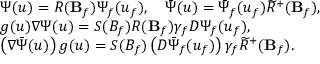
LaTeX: \begin{array} { l } { { \Psi ( u ) = R ( { \bf B } _ { f } ) \Psi _ { f } ( u _ { f } ) , \quad \bar { \Psi } ( u ) = \bar { \Psi } _ { f } ( u _ { f } ) \widetilde { R } ^ { + } ( { \bf B } _ { f } ) , } } \\ { { g ( u ) \nabla \Psi ( u ) = S ( B _ { f } ) R ( { \bf B } _ { f } ) \gamma _ { f } D \Psi _ { f } ( u _ { f } ) , } } \\ { { \left( \nabla \bar { \Psi } ( u ) \right) g ( u ) = S ( B _ { f } ) \left( D \bar { \Psi } _ { f } ( u _ { f } ) \right) \gamma _ { f } \widetilde { R } ^ { + } ( { \bf B } _ { f } ) . } } \end{array}